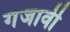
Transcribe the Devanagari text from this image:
गंजावी